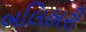
બલિહારી